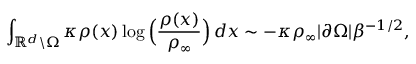
\int _ { \mathbb { R } ^ { d } \backslash \Omega } \kappa \rho ( x ) \log \Big ( \frac { \rho ( x ) } { \rho _ { \infty } } \Big ) \, d x \sim - \kappa \rho _ { \infty } | \partial \Omega | \beta ^ { - 1 / 2 } ,